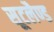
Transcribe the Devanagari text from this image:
सूटलैण्ड